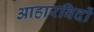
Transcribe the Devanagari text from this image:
आहारविदों